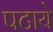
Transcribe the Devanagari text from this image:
पटाये